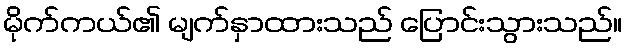
မိုက်ကယ်၏ မျက်နှာထားသည် ပြောင်းသွားသည်။